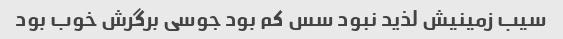
سیب زمینیش لذید نبود سس کم بود جوسی برگرش خوب بود